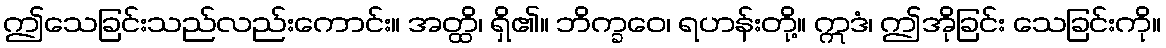
ဤသေခြင်းသည်လည်းကောင်း။ အတ္ထိ၊ ရှိ၏။ ဘိက္ခဝေ၊ ရဟန်းတို့။ ဣဒံ၊ ဤအိုခြင်း သေခြင်းကို။